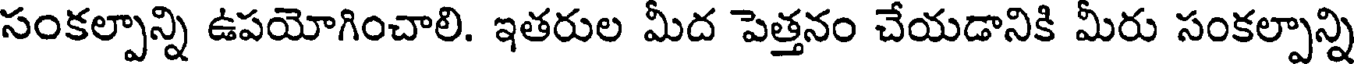
సంకల్పాన్ని ఉపయోగించాలి. ఇతరుల మీద పెత్తనం చేయడానికి మీరు సంకల్పాన్ని